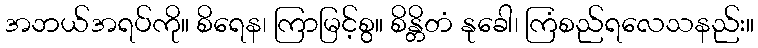
အဘယ်အရပ်ကို။ စိရေန၊ ကြာမြင့်စွ။ စိန္တိတံ နုခေါ၊ ကြံစည်ရလေသနည်း။